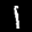
Label: 1